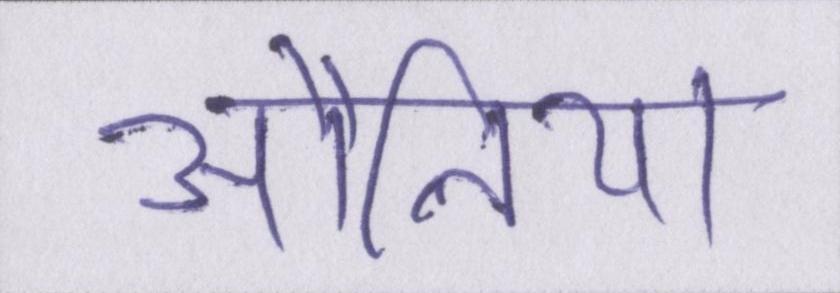
औलिया